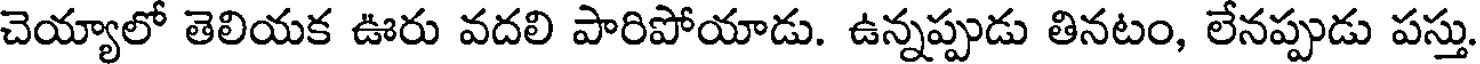
చెయ్యాలో తెలియక ఊరు వదలి పారిపోయాడు. ఉన్నప్పుడు తినటం, లేనప్పుడు పస్తు